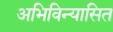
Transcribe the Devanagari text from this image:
अभिविन्यासित